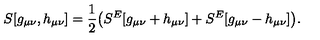
S [ g _ { \mu \nu } , h _ { \mu \nu } ] = \frac { 1 } { 2 } \big ( S ^ { E } [ g _ { \mu \nu } + h _ { \mu \nu } ] + S ^ { E } [ g _ { \mu \nu } - h _ { \mu \nu } ] \big ) .